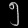
Digit: ၅